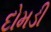
દોમડી